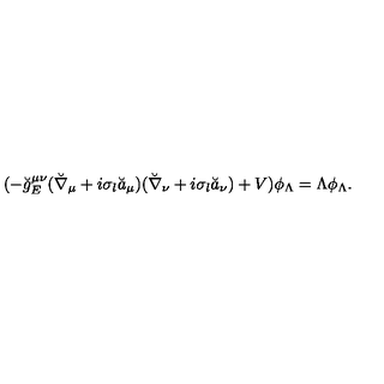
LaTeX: ( - \breve { g } _ { E } ^ { \mu \nu } ( \breve { \nabla } _ { \mu } + i \sigma _ { l } \breve { a } _ { \mu } ) ( \breve { \nabla } _ { \nu } + i \sigma _ { l } \breve { a } _ { \nu } ) + V ) \phi _ { \Lambda } = \Lambda \phi _ { \Lambda } .